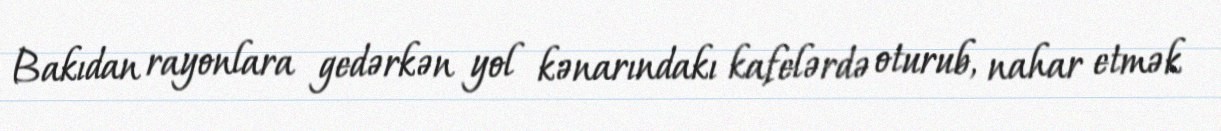
Bakıdan rayonlara gedərkən yol kənarındakı kafelərdə oturub, nahar etmək